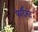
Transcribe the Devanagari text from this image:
फेर्दिनंद